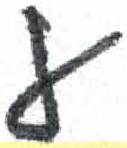
אות: ע